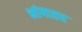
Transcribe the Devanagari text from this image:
भांषातर